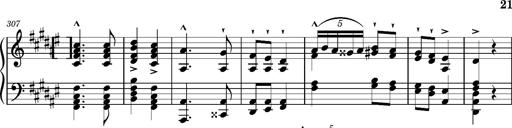
Title: Magyar rapszÃ³diÃ¡k
Composer: Franz Liszt